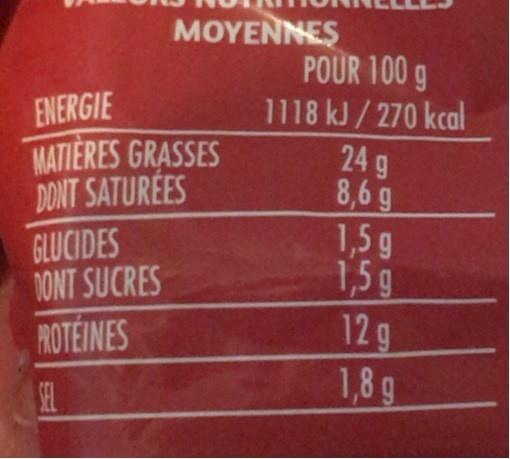
MOYENNES POUR 100 g 1118 kJ/270 kcal
ENERGIE MATIERES GRASSES DONT SATURÉES
24 g 8,6 g 1,5 g 1,5 g
GLUCIDES 1ONT SUCRES
PROTEINES
12g
SEL
1,8 g